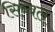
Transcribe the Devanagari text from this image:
सिब्‍बल